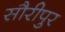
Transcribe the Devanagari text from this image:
सौरीपुर